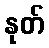
နုတ်